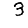
Digit: 3